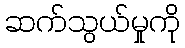
ဆက်သွယ်မှုကို